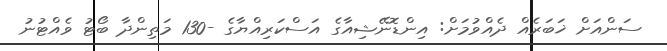
ސަންއަށް ޚަބަރެއް ދެއްވުމަށް: އިންޑޮނޭޝިއާގެ އަސްކަރިއްޔާގެ -130 މަތިންދާ ބޯޓު ވެއްޓުނު